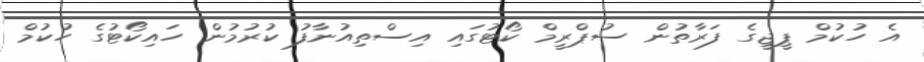
އެ ހުކުމް ޕީޖީގެ ފަރާތުން ސުޕްރީމް ކޯޓުގައި އިސްތިއުނާފު ކުރުމުން ހައިކޯޓުގެ ހުކުމް